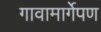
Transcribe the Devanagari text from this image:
गावामार्गेपण